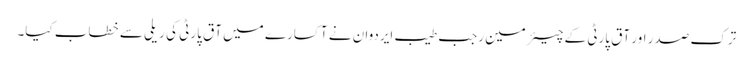
ترک صدر اور آق پارٹی کے چیئرمین رجب طیب ایردوان نے آکسارے میں آق پارٹی کی ریلی سے خطاب کیا۔